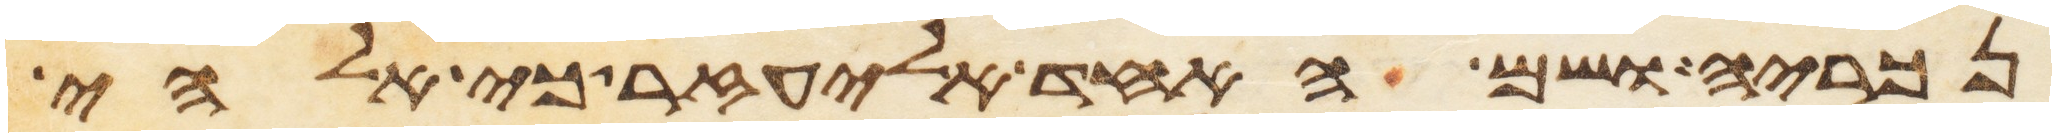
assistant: נכריה ושם האחד אליעזר כי אלהי